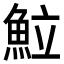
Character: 𩶘